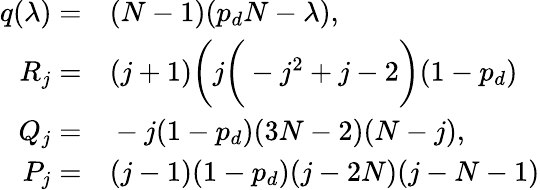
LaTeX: \begin{array}{rl}{q(\lambda)=}&{{}(N-1)(p_{d}N-\lambda),}\\ {R_{j}=}&{{}(j+1)\bigg(j\bigg(-j^{2}+j-2\bigg)(1-p_{d})}\\ {Q_{j}=}&{{}-j(1-p_{d})(3N-2)(N-j),}\\ {P_{j}=}&{{}(j-1)(1-p_{d})(j-2N)(j-N-1)}\end{array}